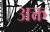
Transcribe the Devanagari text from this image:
अक्त